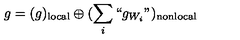
g = ( g ) _ { \mathrm { l o c a l } } \oplus ( \sum _ { i } ` ` g _ { W _ { i } } " ) _ { \mathrm { n o n l o c a l } }